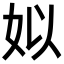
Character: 姒